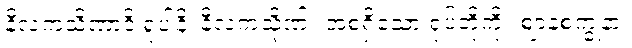
နီလကသိဏာဒိ ရူပါနိ၊ နီလကသိုဏ်း အစရှိသော ရုပ်တို့ကို။ ဈာနစက္ခုနာ၊